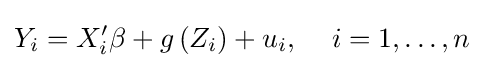
Y_{i}=X'_{i}\beta +g\left(Z_{i}\right)+u_{i},\,\quad i=1,\ldots ,n